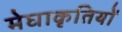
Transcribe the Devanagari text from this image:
मेघाकृतियों